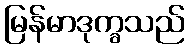
မြန်မာဒုက္ခသည်